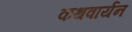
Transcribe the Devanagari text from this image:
कथवार्यन